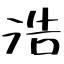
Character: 浩